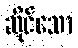
ဆိုင်သော